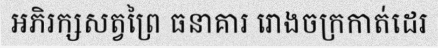
អភិរក្សសត្វព្រៃ ធនាគារ រោងចក្រកាត់ដេរ